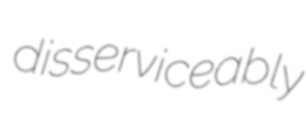
disserviceably